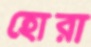
হোরা